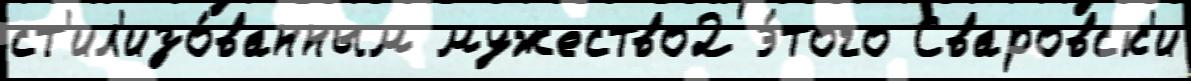
ст'ил'изо́ванным мужество2 э́того Сваровск'и